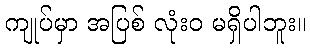
ကျုပ်မှာ အပြစ် လုံးဝ မရှိပါဘူး။